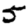
Digit: 5